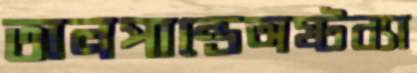
তালপান্ডেঅষ্টব্যা